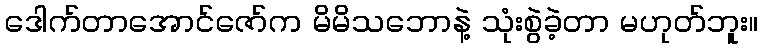
ဒေါက်တာအောင်ဇော်က မိမိသဘောနဲ့ သုံးစွဲခဲ့တာ မဟုတ်ဘူး။